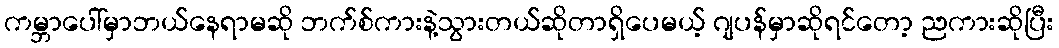
ကမ္ဘာပေါ်မှာဘယ်နေရာမဆို ဘက်စ်ကားနဲ့သွားတယ်ဆိုတာရှိပေမယ့် ဂျပန်မှာဆိုရင်တော့ ညကားဆိုပြီး